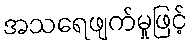
အသရေဖျက်မှုဖြင့်